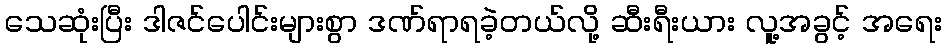
သေဆုံးပြီး ဒါဇင်ပေါင်းများစွာ ဒဏ်ရာရခဲ့တယ်လို့ ဆီးရီးယား လူ့အခွင့် အရေး